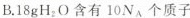
B.18gH_{2}O含有10N_{A}个质子